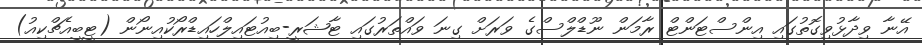
އޭނާ ވިދާޅުވިގޮތުގައި އިންސްޓަންޓް ރާމަން ނޫޑްލްސްގެ ވަރަށް ގިނަ ވައްތަރުގައި ޓާޝަރީ-ބިއުޓައިލްހައިޑްރޯކުއިނޯން (ޓީބީއެޗްކިއު)